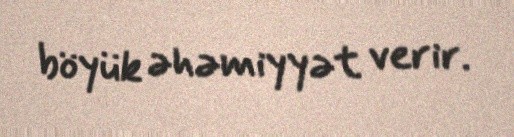
böyük əhəmiyyət verir.